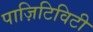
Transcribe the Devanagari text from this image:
पाज़िटिविटी